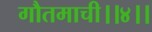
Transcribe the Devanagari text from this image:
गौतमाची।।४।।